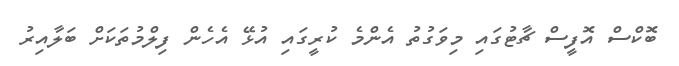
ބޮކްސް އޮފީސް ޗާޓުގައި މިވަގުތު އެންމެ ކުރީގައި އުޅޭ އެހެން ފިލްމުތަކަށް ބަލާއިރު